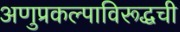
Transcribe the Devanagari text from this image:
अणुप्रकल्पाविरूद्धची